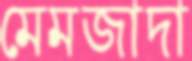
মেমজাদা